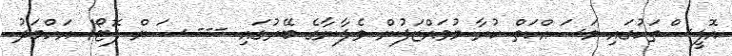
އޮފީސްތަކުގައި މަސައްކަތް ކުރާ މުވައްޒަފުން ވެލާނާގެ ބޭރުގައި --- ސަން ފޮޓޯ/ އަހްމަދު